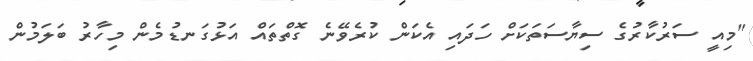
"މިއީ ސަރުކާރުގެ ސިޔާސަތަކަށް ހަދައި އެކަން ކުރެވޭނެ ގޮތްތައް އަޅުގަނޑުމެން މިހާރު ބަލަމުން